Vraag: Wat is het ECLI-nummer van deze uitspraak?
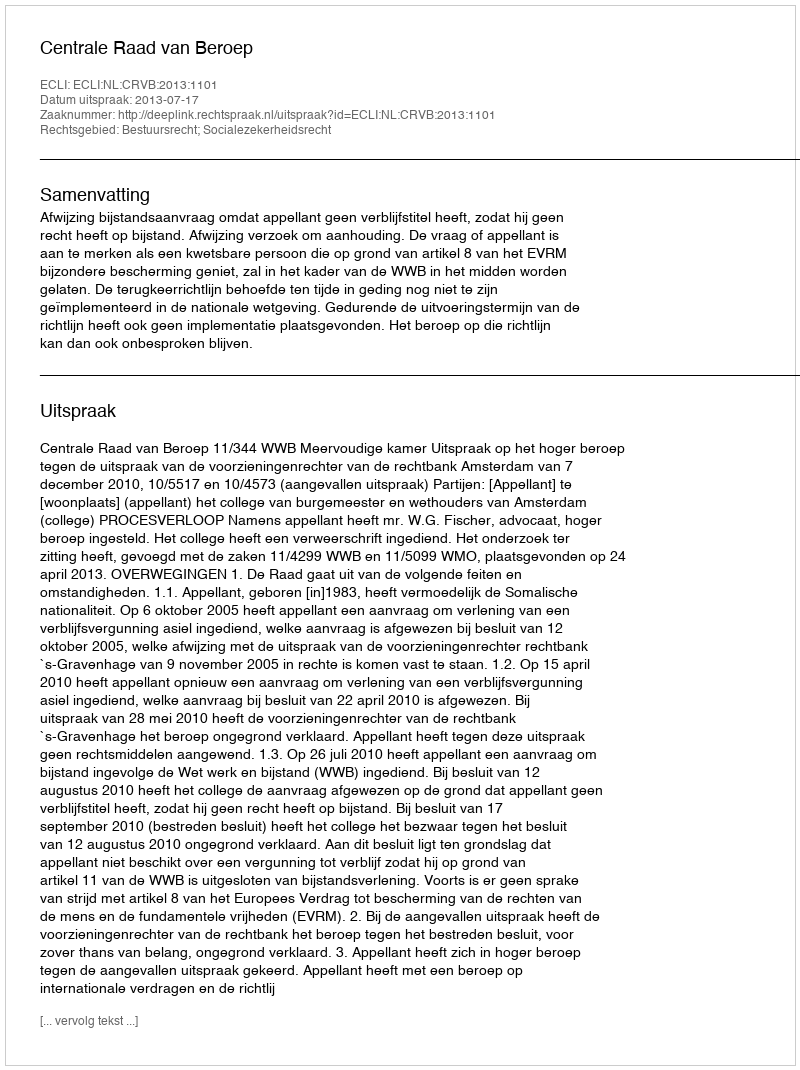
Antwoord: ECLI:NL:CRVB:2013:1101